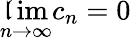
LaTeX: \operatorname*{\mathfrak{l}im}_{n\to\infty}c_{n}=0